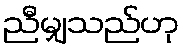
ညီမျှသည်ဟု